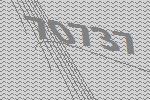
70737